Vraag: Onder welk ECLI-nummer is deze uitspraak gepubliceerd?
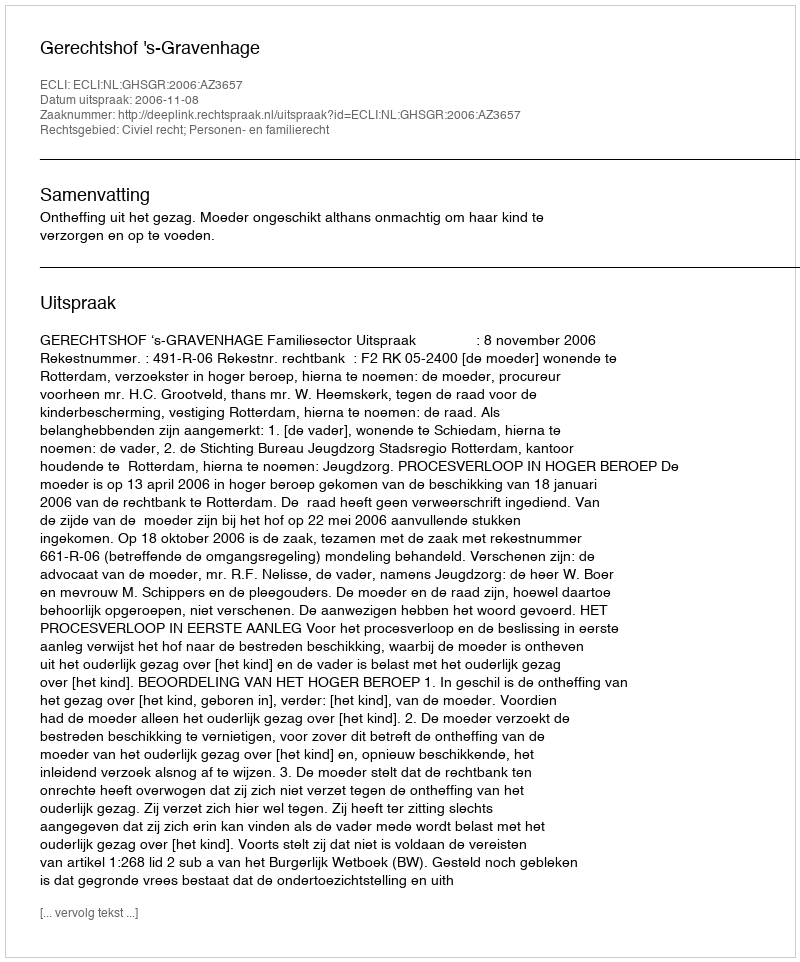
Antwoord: ECLI:NL:GHSGR:2006:AZ3657